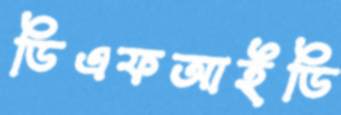
ডিএফআইডি